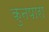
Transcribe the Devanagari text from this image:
कुनपारा